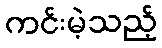
ကင်းမဲ့သည့်